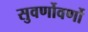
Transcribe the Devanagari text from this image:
सुवर्णोवर्णो